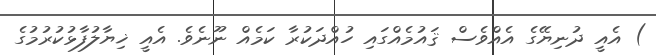
) އެއީ ދުނިޔޭގެ އެއްވެސް ޤައުމެއްގައި ހުއްދަކުރާ ކަމެއް ނޫނެވެ. އެއީ ޚިޔާލުފާޅުކުރުމުގެ